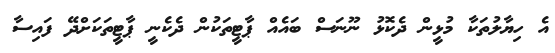
އެ ހިޔާލުތަކާ މުޅީން ދެކޮޅު ނޫނަސް ބައެއް ޕާޓީތަކުން ދެކެނީ ޕާޓީތަކަށްދޭ ފައިސާ